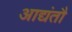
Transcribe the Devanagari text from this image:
आद्यंतौ